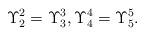
LaTeX: \begin{align*}\Upsilon _{2}^{2}=\Upsilon _{3}^{3},\Upsilon _{4}^{4}=\Upsilon _{5}^{5}.\end{align*}